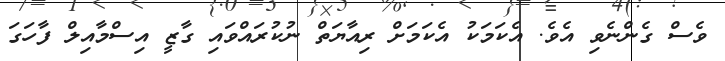
ވެސް ގެންނެވި އެވެ. އެކަމަކު އެކަމަށް ރިއާޔަތް ނުކުރައްވައި ގާޒީ އިސްމާއިލް ފާހަގަ